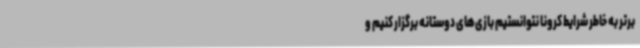
برتر به خاطر شرایط کرونا نتوانستیم بازی‌های دوستانه برگزار کنیم و